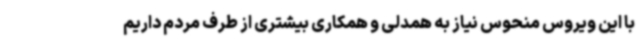
با این ویروس منحوس نیاز به همدلی و همکاری بیشتری از طرف مردم داریم